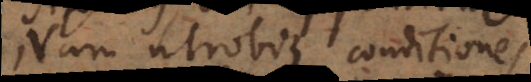
Nam utrobique conditiones